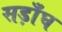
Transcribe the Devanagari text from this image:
सड़ाँघ